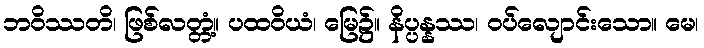
ဘဝိဿတိ၊ ဖြစ်လတ္တံ့။ ပထဝိယံ၊ မြေ၌။ နိပ္ပန္နဿ၊ ဝပ်လျောင်းသော။ မေ၊